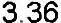
3.36